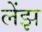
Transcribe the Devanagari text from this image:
लेंझ